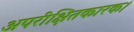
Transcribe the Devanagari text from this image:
अपरीक्षितकारक।